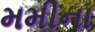
મમીના